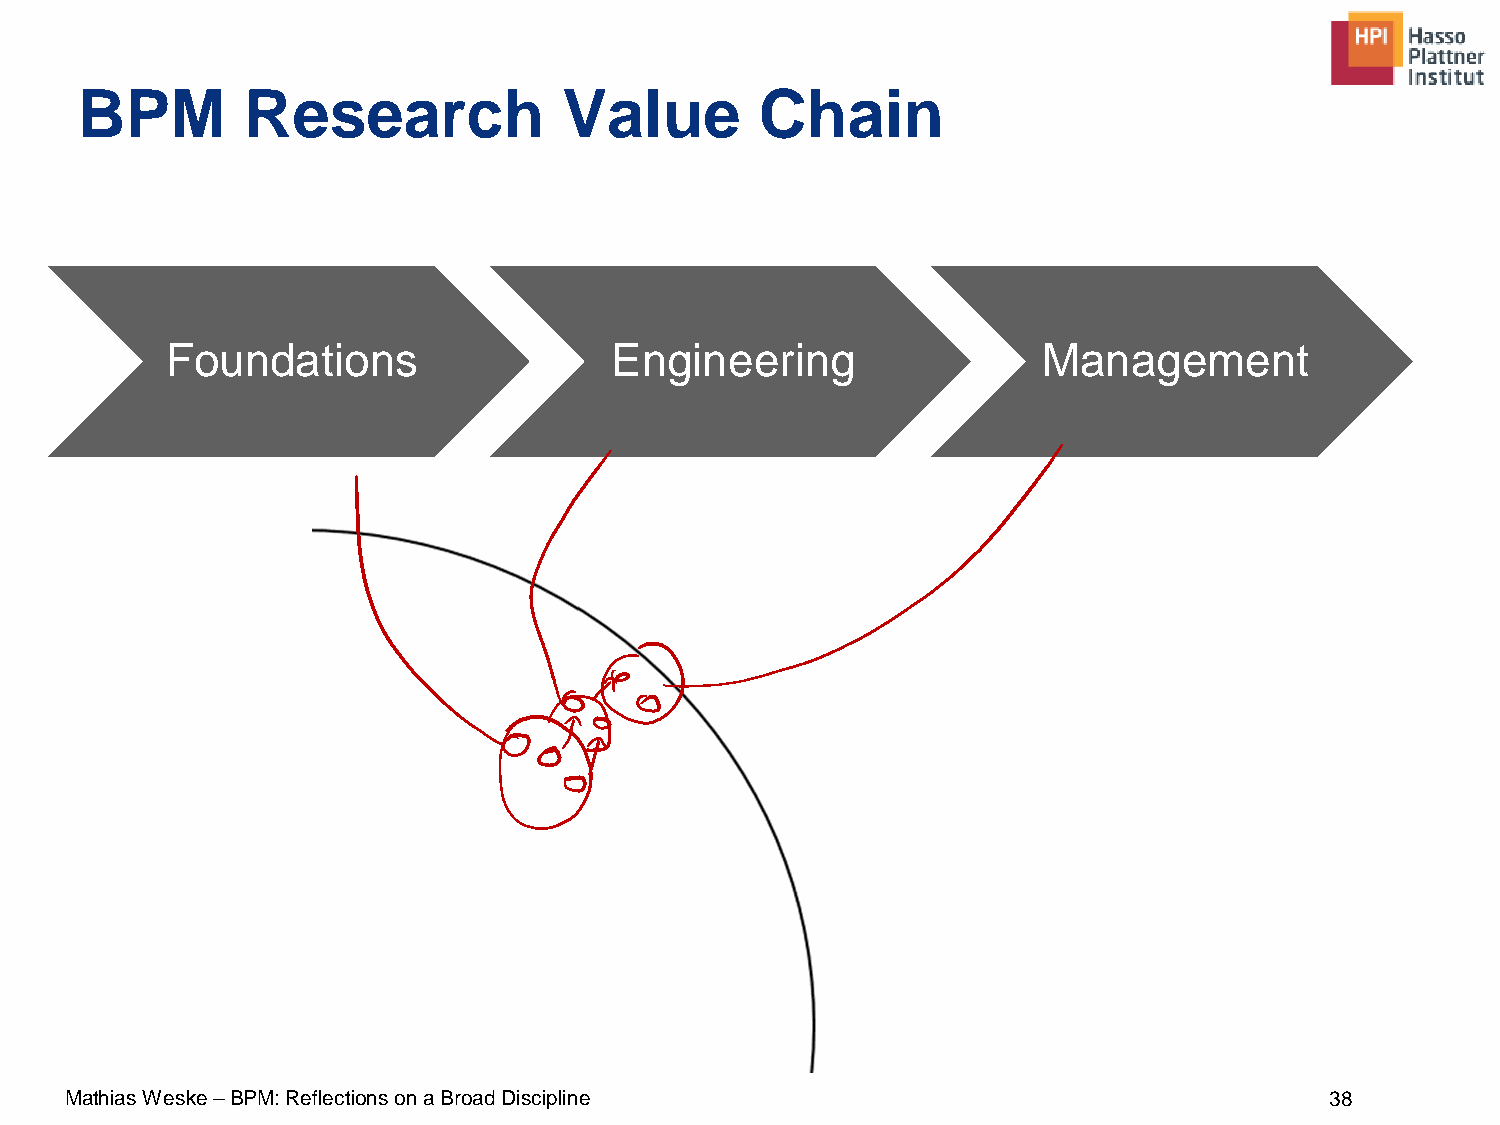
BPM        Research             Value        Chain
 Foundations                  Engineering                  Management
 Mathias Weske –BPM: Reflections on a Broad Discipline                               38